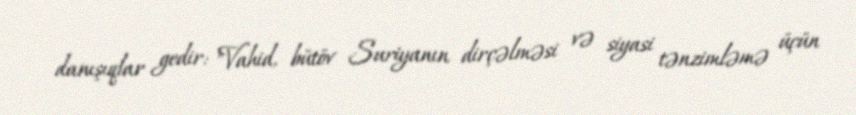
danışıqlar gedir: "Vahid, bütöv Suriyanın dirçəlməsi və siyasi tənzimləmə üçün